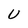
Character: U